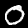
Digit: 0